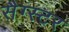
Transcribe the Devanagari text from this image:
सैग्स्टर